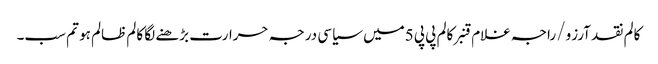
کالم	نقد آرزو/ راجہ غلام قنبر	کالم	پی پی 5میں سیاسی درجہ حرارت بڑھنے لگا	کالم	ظالم ہو تم سب۔